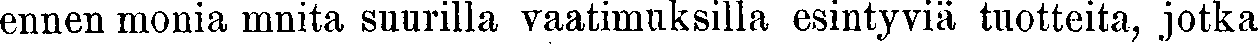
ennen monia mnita suurilla vaatimuksilla esintyviä tuotteita, jotka